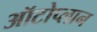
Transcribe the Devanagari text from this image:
ऑटोप्लान